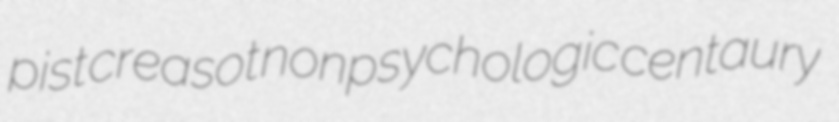
pist creasot nonpsychologic centaury